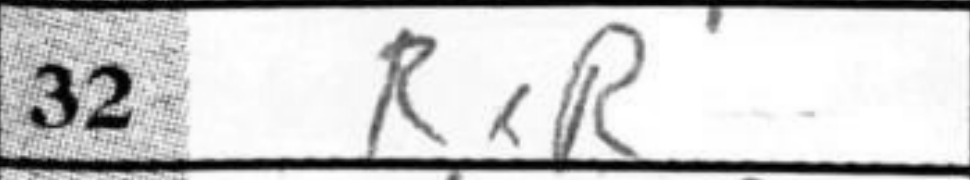
Transcription: RxR